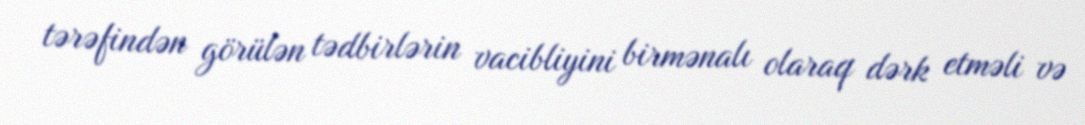
tərəfindən görülən tədbirlərin vacibliyini birmənalı olaraq dərk etməli və